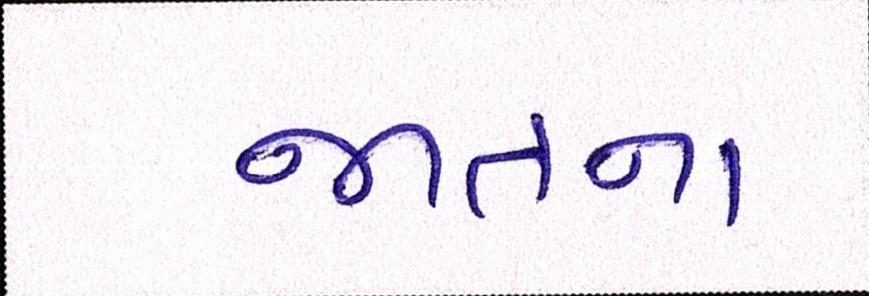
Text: જાતના